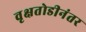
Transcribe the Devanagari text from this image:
वृक्षतोडीनंतर